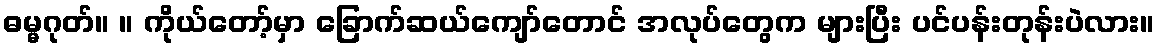
ဓမ္မဂုတ်။ ။ ကိုယ်တော့်မှာ ခြောက်ဆယ်ကျော်တောင် အလုပ်တွေက များပြီး ပင်ပန်းတုန်းပဲလား။